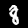
Digit: 8